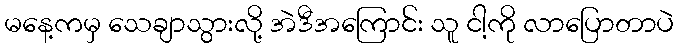
မနေ့ကမှ သေချာသွားလို့ အဲဒီအကြောင်း သူ ငါ့ကို လာပြောတာပဲ